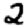
Digit: 2